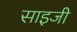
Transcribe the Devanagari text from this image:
साइजी